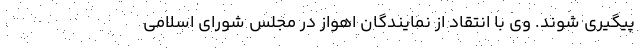
پیگیری شوند. وی با انتقاد از نمایندگان اهواز در مجلس شورای اسلامی